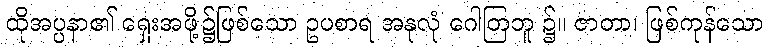
ထိုအပ္ပနာ၏ ရှေးအဖို့၌ဖြစ်သော ဥပစာရ အနုလုံ ဂေါတြဘူ ၌။ ဇာတာ၊ ဖြစ်ကုန်သော